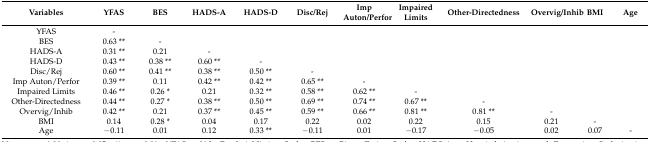
| Variables | YFAS | BES | HADS-A | HADS-D | Disc/Rej | Imp Auton/Perfor | Impaired Limits | Other-Directedness | Overvig/Inhib | BMI | Age |
 | --- | --- | --- | --- | --- | --- | --- | --- | --- | --- | --- | --- |
 | YFAS | - |  |  |  |  |  |  |  |  |  |  |
 | BES | 0.63 ** | - |  |  |  |  |  |  |  |  |  |
 | HADS-A | 0.31 ** | 0.21 | - |  |  |  |  |  |  |  |  |
 | HADS-D | 0.43 ** | 0.38 ** | 0.60 ** | - |  |  |  |  |  |  |  |
 | Disc/Rej | 0.60 ** | 0.41 ** | 0.38 ** | 0.50 ** | - |  |  |  |  |  |  |
 | Imp Auton/Perfor | 0.39 ** | 0.11 | 0.42 ** | 0.42 ** | 0.65 ** | - |  |  |  |  |  |
 | Impaired Limits | 0.46 ** | 0.26 * | 0.21 | 0.32 ** | 0.58 ** | 0.62 ** | - |  |  |  |  |
 | Other-Directedness | 0.44 ** | 0.27 * | 0.38 ** | 0.50 ** | 0.69 ** | 0.74 ** | 0.67 ** | - |  |  |  |
 | Overvig/Inhib | 0.42 ** | 0.21 | 0.37 ** | 0.45 ** | 0.59 ** | 0.66 ** | 0.81 ** | 0.81 ** | - |  |  |
 | BMI | 0.14 | 0.28 * | 0.04 | 0.17 | 0.22 | 0.02 | 0.22 | 0.15 | 0.21 | - |  |
 | Age | −0.11 | 0.01 | 0.12 | 0.33 ** | −0.11 | 0.01 | −0.17 | −0.05 | 0.02 | 0.07 | - |